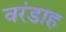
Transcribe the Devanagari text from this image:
वरंडाह